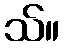
သ်။